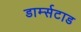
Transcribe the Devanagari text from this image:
डार्म्सटाड